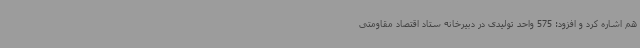
هم اشاره کرد و افزود: 575 واحد تولیدی در دبیرخانه ستاد اقتصاد مقاومتی